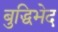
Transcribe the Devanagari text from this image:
बुद्धिभेद